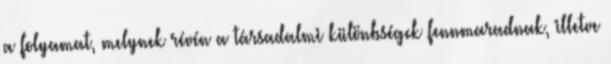
a folyamat, melynek révén a társadalmi különbségek fennmaradnak, illetve